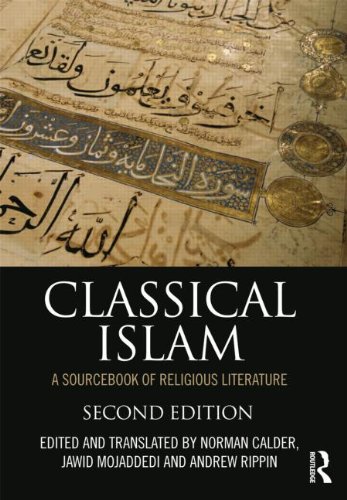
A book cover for Classical Islam: A Sourcebook of Religious Literature; Literature & Fiction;